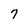
Character: 7